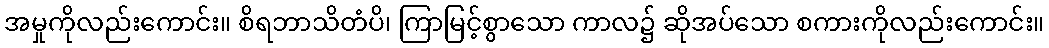
အမှုကိုလည်းကောင်း။ စိရဘာသိတံပိ၊ ကြာမြင့်စွာသော ကာလ၌ ဆိုအပ်သော စကားကိုလည်းကောင်း။